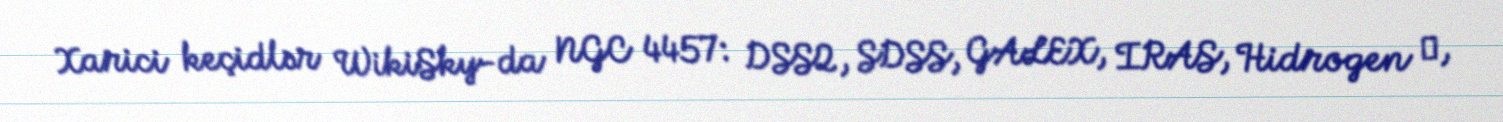
Xarici keçidlər WikiSky-da NGC 4457: DSS2, SDSS, GALEX, IRAS, Hidrogen α,